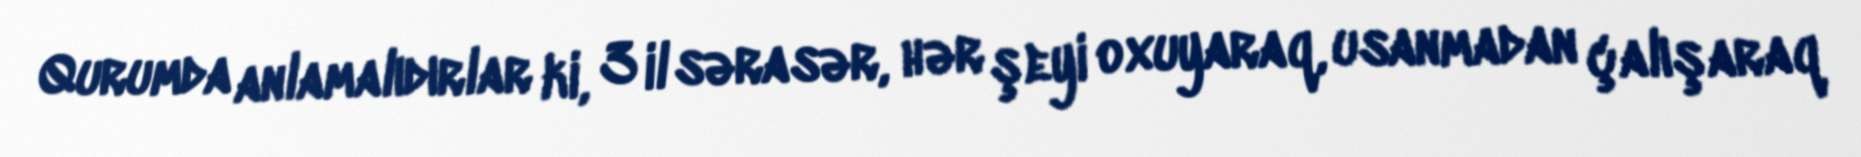
Qurumda anlamalıdırlar ki, 3 il sərasər, hər şeyi oxuyaraq, usanmadan çalışaraq